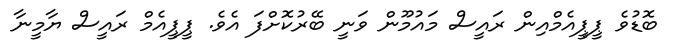
ބޮޑުވެ ޕީޕީއެމްއިން ރައީސް މައުމޫން ވަނީ ބޭރުކޮށްފަ އެވެ. ޕީޕީއެމް ރައީސް ޔާމީނާ